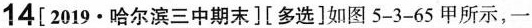
14[2019·哈尔滨三中期末][多选]如图5-3-65甲所示，